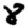
Digit: 8